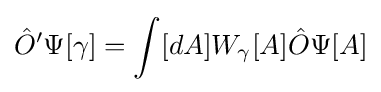
{\hat {O}}'\Psi [\gamma ]=\int [dA]W_{\gamma }[A]{\hat {O}}\Psi [A]